Vaccination United Provinces of Agra and Oudh 1923-1928 - 1923-1928
Year: 1923
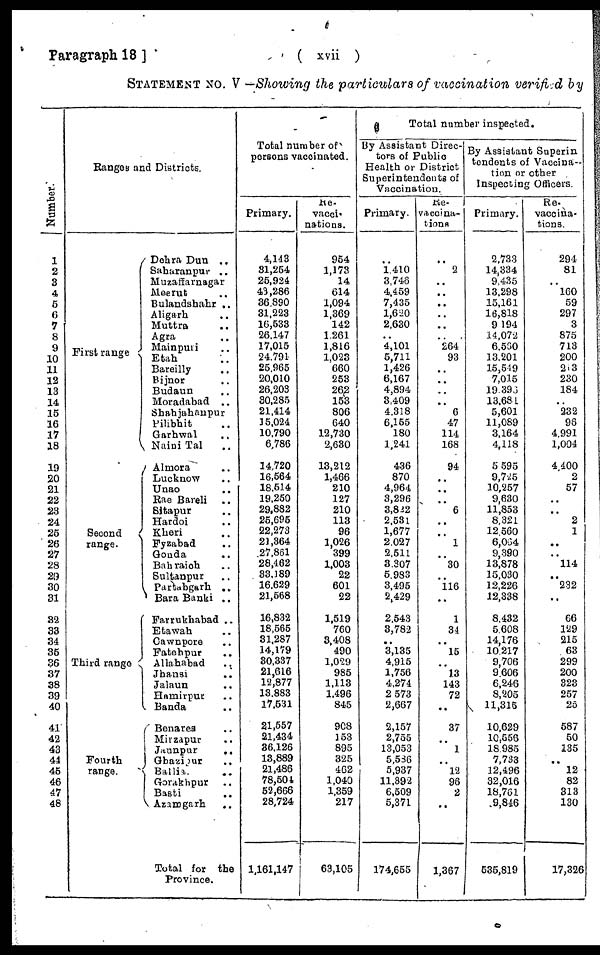
Paragraph 18 ]
( xvii )
STATEMENT NO. V —Showing the particulars of vaccination verified by
Number.
1
2
3
4
5
6
7
8
9
10
11
12
13
14
15
16
17
18
19
20
21
22
23
24
25
26
27
28
29
30
31
32
33
34
35
36
37
38
39
40
41
42
43
44
45
46
47
48
Ranges and Districts.
First range
Second
range.
Third range
Fourth
range.
Dehra Dun
..
Saharanpur ..
Muzaffarnagar
Meerut ..
Bulandshahr ..
Aligarh ..
Muttra ..
Agra ..
Mainpuri ..
Etah ..
Bareilly ..
Bijnor ..
Budaun ..
Moradabad
..
Shahjahanpur ..
Pilibhit ..
Garhwal ..
Naini Tal ..
Almora ..
Lucknow ..
Unao ..
Rae Bareli ..
Sitapur ..
Hardoi ..
Kheri ..
Fyzabad ..
Gonda
..
Bahraich ..
Sultanpur ..
Partabgarh
..
Bara Banki ..
Farrukhabad ..
Etawah ..
Cawnpore ..
Fatehpur
..
Allahabad ..
Jhansi ..
Jalaun ..
Hamirpur ..
Banda ..
Benares ..
Mirzapur ..
Jaunpur
..
Ghazipur
..
Ballia.
..
Gorakhpur ..
Basti ..
Azamgarh ..
Total for
the
Province.
Total number of
persons vaccinated.
Primary.
4,143
31,254
25,924
43,286
36,890
31,223
16,533
26,147
17,015
24,791
25,965
20,010
26,203
30,285
21,414
15,024
10,790
6,786
14,720
16,564
18,514
19,250
29,882
25,695
22,273
21,364
27,861
28,462
33,189
16,629
21,568
16,832
18,565
31,287
14,179
30,337
21,616
12,877
13,883
17,531
21,557
21,434
36,126
13,889
21,486
78,504
52,666
28,724
1,161,147
Re-
vacci¬
nations.
954
1,173
14
614
1,094
1,369
142
1,261
1,816
1,023
660
253
262
153
806
640
12,730
2,630
13,212
1,466
210
127
210
113
96
1,026
399
1,003
22
601
22
1,519
760
3,408
490
1,029
985
1,113
1,496
845
908
153
895
325
462
1,040
1,359
217
63,105
Total number inspected.
By Assistant Direc-
tors of Public
Health or District
Superintendents of
Vaccination.
Primary.
..
1,410
3,746
4,459
7,435
1,620
2,630
..
4,101
5,711
1,426
6,167
4,894
3,409
4,318
6,155
180
1,241
436
870
4,964
3,296
3,822
2,531
1,677
2,027
2,511
3,307
5,983
3,495
2,429
2,543
3,782
..
3,135
4,915
1,756
4,274
2,573
2,667
2,157
2,755
13,053
5,586
5,937
11,392
6,509
5,371
174,655
Re-
vaccina¬
tions.
..
2
..
..
..
..
..
..
264
93
..
..
..
..
6
47
114
168
94
..
..
..
6
..
..
1
..
30
..
116
..
1
34
..
15
..
13
143
72
..
37
..
1
..
12
96
2
..
1,367
By Assistant Superin¬
tendents of Vaccina-
tion or other
Inspecting Officers.
Primary.
2,733
14,334
9,435
13,298
15,161
16,818
9,194
14,072
6,560
13,201
15,549
7,015
19,396
13,681
5,601
11,089
3,164
4,118
5,595
9,725
10,257
9,630
11,853
8,321
12,560
6,064
9,390
13,878
15,030
12,226
12,338
8,432
5,608
14,176
10,217
9,706
9,606
6,246
8,205
11,315
10,629
10,556
18,985
7,733
12,496
32,016
18,761
9,846
535,819
Re-
vaccina-
tions.
294
81
..
160
59
297
3
875
713
200
213
230
184
..
232
96
4,991
1,004
4,400
2
57
..
..
2
1
..
.. 114
..
232
..
66
129
215
63
299
200
323
257
25
587
50
135
..
12
82
313
130
17,326